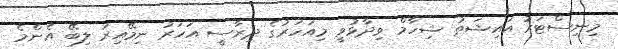
މިނިސްޓަރު އައިޝަތު ޝިހާމް ވިދާޅުވީ މިއަހަރުގެ ދިރާސީ އަހަރު ނިމޭއިރު ލިބޭ އެންމެ